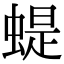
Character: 蝭